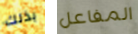
بذلك المفاعل